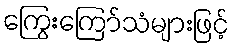
ကြွေးကြော်သံများဖြင့်